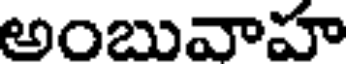
అంబువాహ